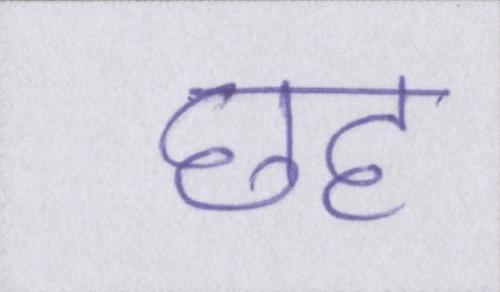
छह